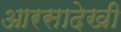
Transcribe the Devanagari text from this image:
आरसादेखी